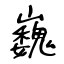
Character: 巍